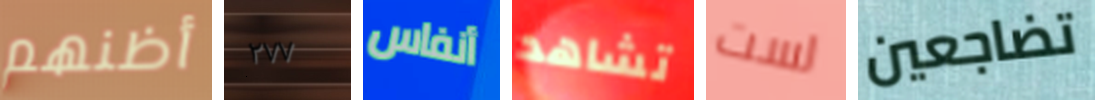
أظنهم ٢٧٧ أنفاس تشاهد لست تضاجعين